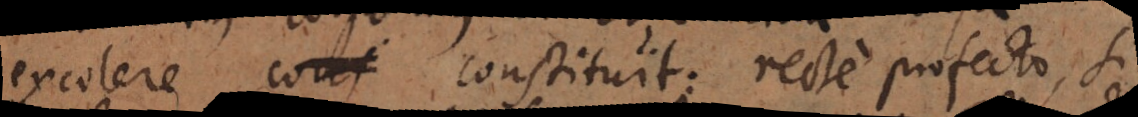
excolere cons constituit: recte profecto, si